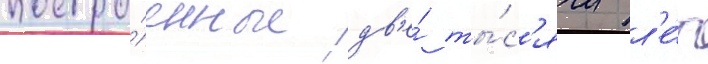
постро́енные дв'е́ ты́с'ячи л'е́т